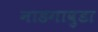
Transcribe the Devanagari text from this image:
नाडगावुडा